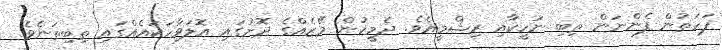
ފަހަތުން ފެންނަން ތިބި ނަހީކާއި ރިޝްމީއެވެ. ދެމީހުން މޭޒެއްގެ ދޮށުގައި އޮލަވާހަކައެއްގައި ތިބިތަނެވެ.